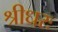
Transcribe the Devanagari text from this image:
श्रीधरः